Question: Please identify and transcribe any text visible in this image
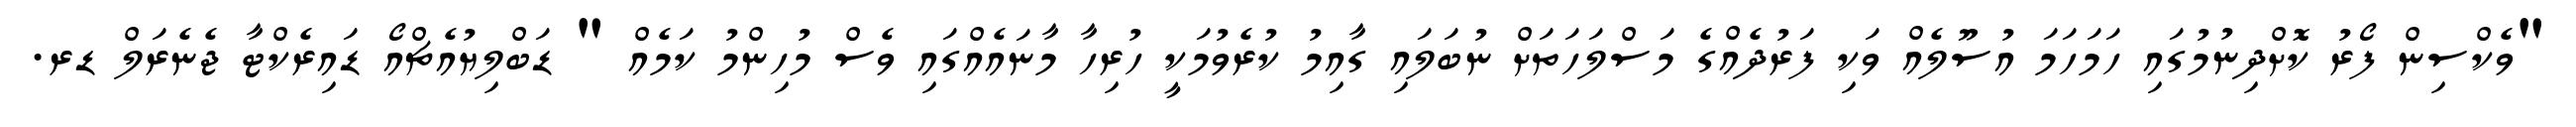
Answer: "ވެކްސިން ފޯރު ކޮށްދިނުމުގައި ހަމަހަމަ އުސޫލެއް ވަކި ފަރުދެއްގެ މަސްލަހަތަށް ނުބަލައި ގާއިމު ކުރެވުމަކީ ހުރިހާ މާނައެއްގައި ވެސް މުހިންމު ކަމެއް " ޑަބްލިޔުއެޗްއޯ ޑައިރެކްޓާ ޖެނެރަލް ޑރ.